Burma Government Medical School reports 1907-22
Year: 1907
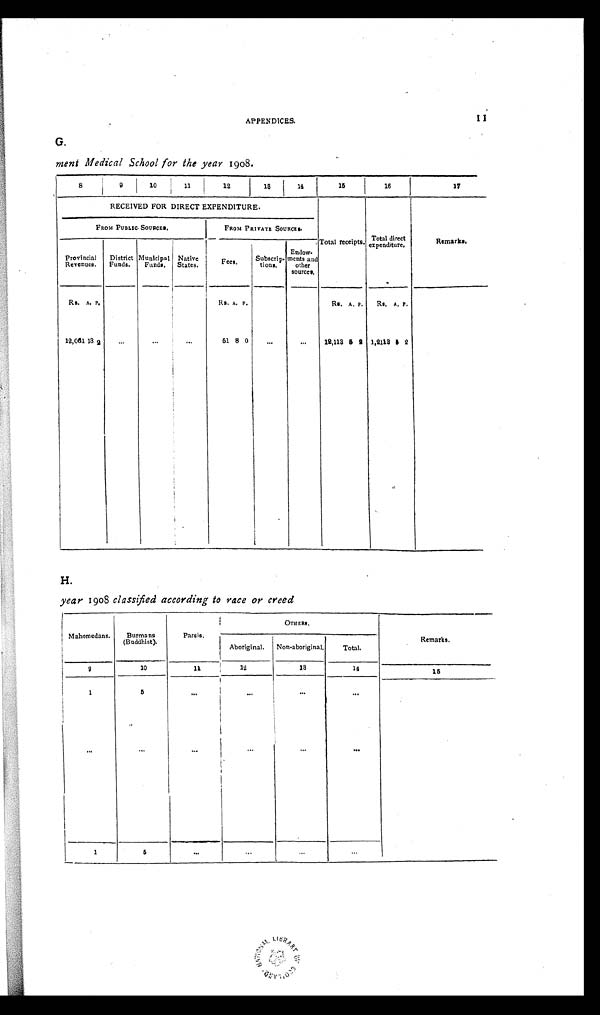
11
APPENDICES.
G.
ment Medical School for the year 1908.
8
9
10
11
12
13
14
15
16
17
RECEIVED FOR DIRECT EXPENDITURE.
Total receipts. Total direct
expenditure,
Remarks.
FROM PUBLIC SOURCES.
FROM PRIVATE SOURCES.
Provincial
Revenues.
District
Funds.
Municipal
Funds.
Native
States.
Fees.
Subscrip-
tions.
Endow-
ments and
other
sources.
Rs. A. P.
Rs. A. P.
Rs. A. P.
Rs.
A . P .
12,061 13 2
... ... ...
51 8 0
... ...
12,113
5 2 1,2113
5 2
H.
year 1908 classified according to race or creed
Mahomedans.
Burmans
(Buddhist).
Parsis.
OTHERS.
Aboriginal. Non-aboriginal.
Total.
Remarks.
9
10
1 1
12
13
14
1 5
1
5
... ... ... ... ... ... ... ... ... ...
1
5
... ... ... ...